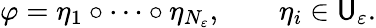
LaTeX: \varphi=\eta_{1}\circ\dots\circ\eta_{N_{\varepsilon}},\qquad\eta_{i}\in\mathsf{U}_{\varepsilon}.